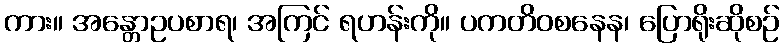
ကား။ အန္တောဥပစာရ၊ အကြင် ရဟန်းကို။ ပကတိဝစနေန၊ ပြောရိုးဆိုစဉ်